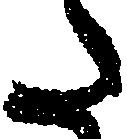
た